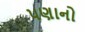
પણાનો